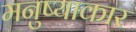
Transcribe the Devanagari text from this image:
मनुष्याकार